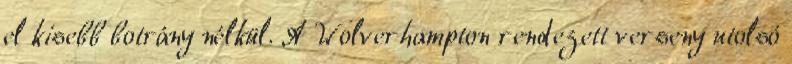
el kisebb botrány nélkül. A Wolverhampton rendezett verseny utolsó